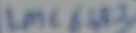
Text: LMC 6183